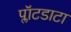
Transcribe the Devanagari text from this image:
प्लॉटडाटा